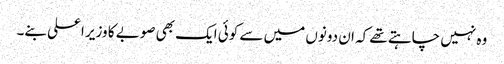
وہ نہیں چاہتے تھے کہ ان دونوں میں سے کوئی ایک بھی صوبے کا وزیر اعلی بنے۔